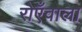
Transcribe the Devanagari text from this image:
रोएँवाला